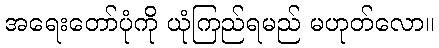
အရေးတော်ပုံကို ယုံကြည်ရမည် မဟုတ်လော။